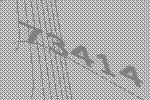
73414